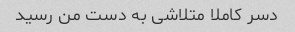
دسر کاملا متلاشی به دست من رسید